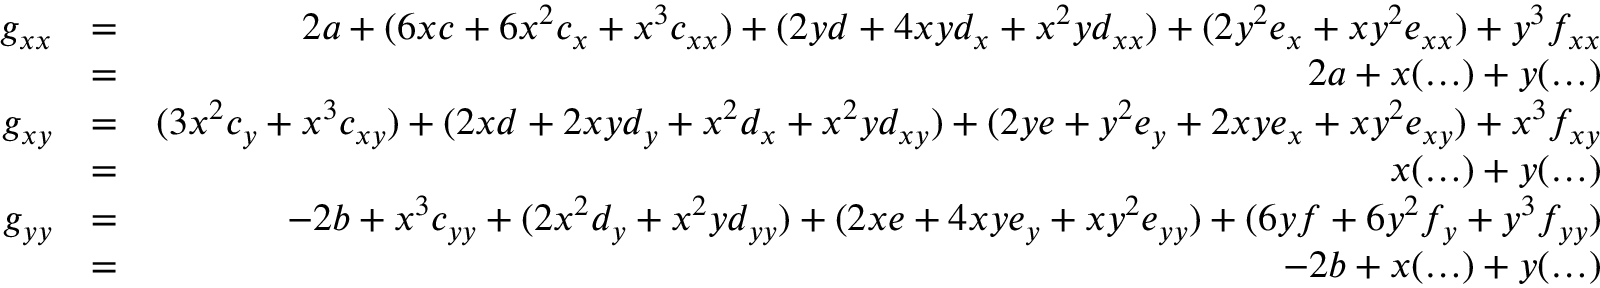
\begin{array} { r l r } { g _ { x x } } & { = } & { 2 a + ( 6 x c + 6 x ^ { 2 } c _ { x } + x ^ { 3 } c _ { x x } ) + ( 2 y d + 4 x y d _ { x } + x ^ { 2 } y d _ { x x } ) + ( 2 y ^ { 2 } e _ { x } + x y ^ { 2 } e _ { x x } ) + y ^ { 3 } f _ { x x } } \\ & { = } & { 2 a + x ( \ldots ) + y ( \ldots ) } \\ { g _ { x y } } & { = } & { ( 3 x ^ { 2 } c _ { y } + x ^ { 3 } c _ { x y } ) + ( 2 x d + 2 x y d _ { y } + x ^ { 2 } d _ { x } + x ^ { 2 } y d _ { x y } ) + ( 2 y e + y ^ { 2 } e _ { y } + 2 x y e _ { x } + x y ^ { 2 } e _ { x y } ) + x ^ { 3 } f _ { x y } } \\ & { = } & { x ( \ldots ) + y ( \ldots ) } \\ { g _ { y y } } & { = } & { - 2 b + x ^ { 3 } c _ { y y } + ( 2 x ^ { 2 } d _ { y } + x ^ { 2 } y d _ { y y } ) + ( 2 x e + 4 x y e _ { y } + x y ^ { 2 } e _ { y y } ) + ( 6 y f + 6 y ^ { 2 } f _ { y } + y ^ { 3 } f _ { y y } ) } \\ & { = } & { - 2 b + x ( \ldots ) + y ( \ldots ) } \end{array}